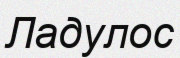
Ладулос